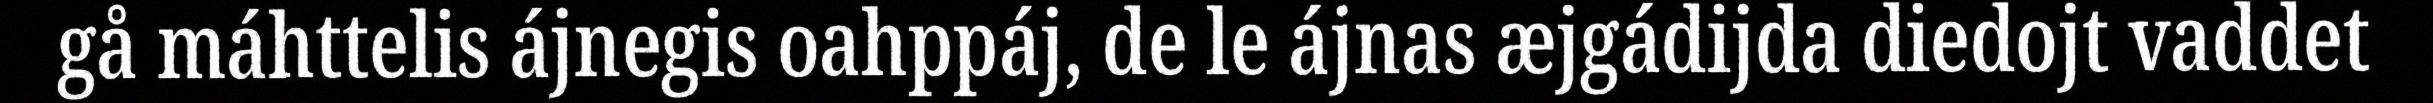
gå máhttelis ájnegis oahppáj, de le ájnas æjgádijda diedojt vaddet